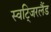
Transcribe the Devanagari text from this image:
स्वटि्जरलैंड